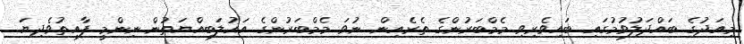
މިއަދުގެ ބައްދަލުވުމުގައި ބައިވެރިވި މެމްބަރުންގެ ތެރެއިން ނުވަ މެމްބަރުންގެ އަޣުލަބިއްޔަތުން ނިންމީ ފާއިތުވެދިޔަ